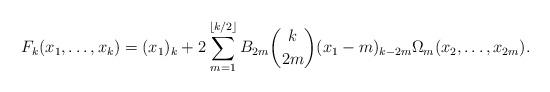
LaTeX: \begin{align*}F_k(x_1, \dots, x_k) = (x_1)_k + 2 \sum_{m=1}^{\lfloor k/2 \rfloor} B_{2m} {k \choose 2m} (x_1 - m)_{k-2m} \Omega_m(x_2, \dots, x_{2m}).\end{align*}